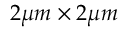
2 \mu m \times 2 \mu m